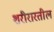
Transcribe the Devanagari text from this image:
शरीरारतील